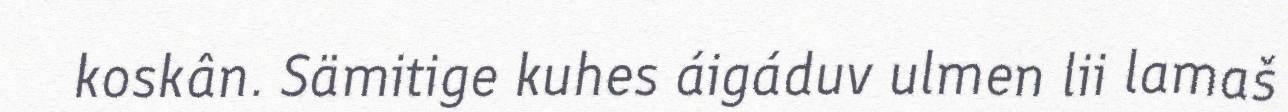
koskân. Sämitige kuhes áigáduv ulmen lii lamaš